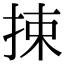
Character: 捒